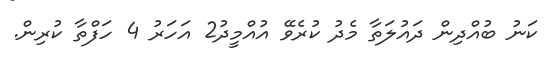
ކަނު ބުއްދިން ދައުލަތާ މެދު ކުރެވޭ އުއްމީދު2 އަހަރު 4 ހަފްތާ ކުރިން.